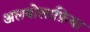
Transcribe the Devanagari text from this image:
अलबोलाफ़िया